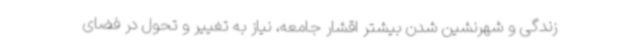
زندگی و شهرنشین شدن بیشتر اقشار جامعه، نیاز به تغییر و تحول در فضای